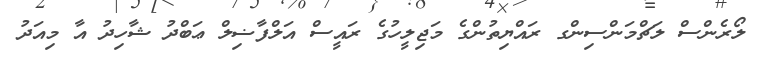
ލޯރެންސް ލަޗްމަންސިންގ ރައްޔިތުންގެ މަޖިލީހުގެ ރައީސް އަލްފާޟިލް ޢަބްދު ޝާހިދު އާ މިއަދު